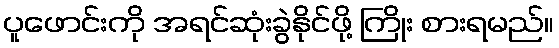
ပူဖောင်းကို အရင်ဆုံးခွဲနိုင်ဖို့ ကြိုး စားရမည်။